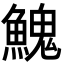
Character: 𩹷